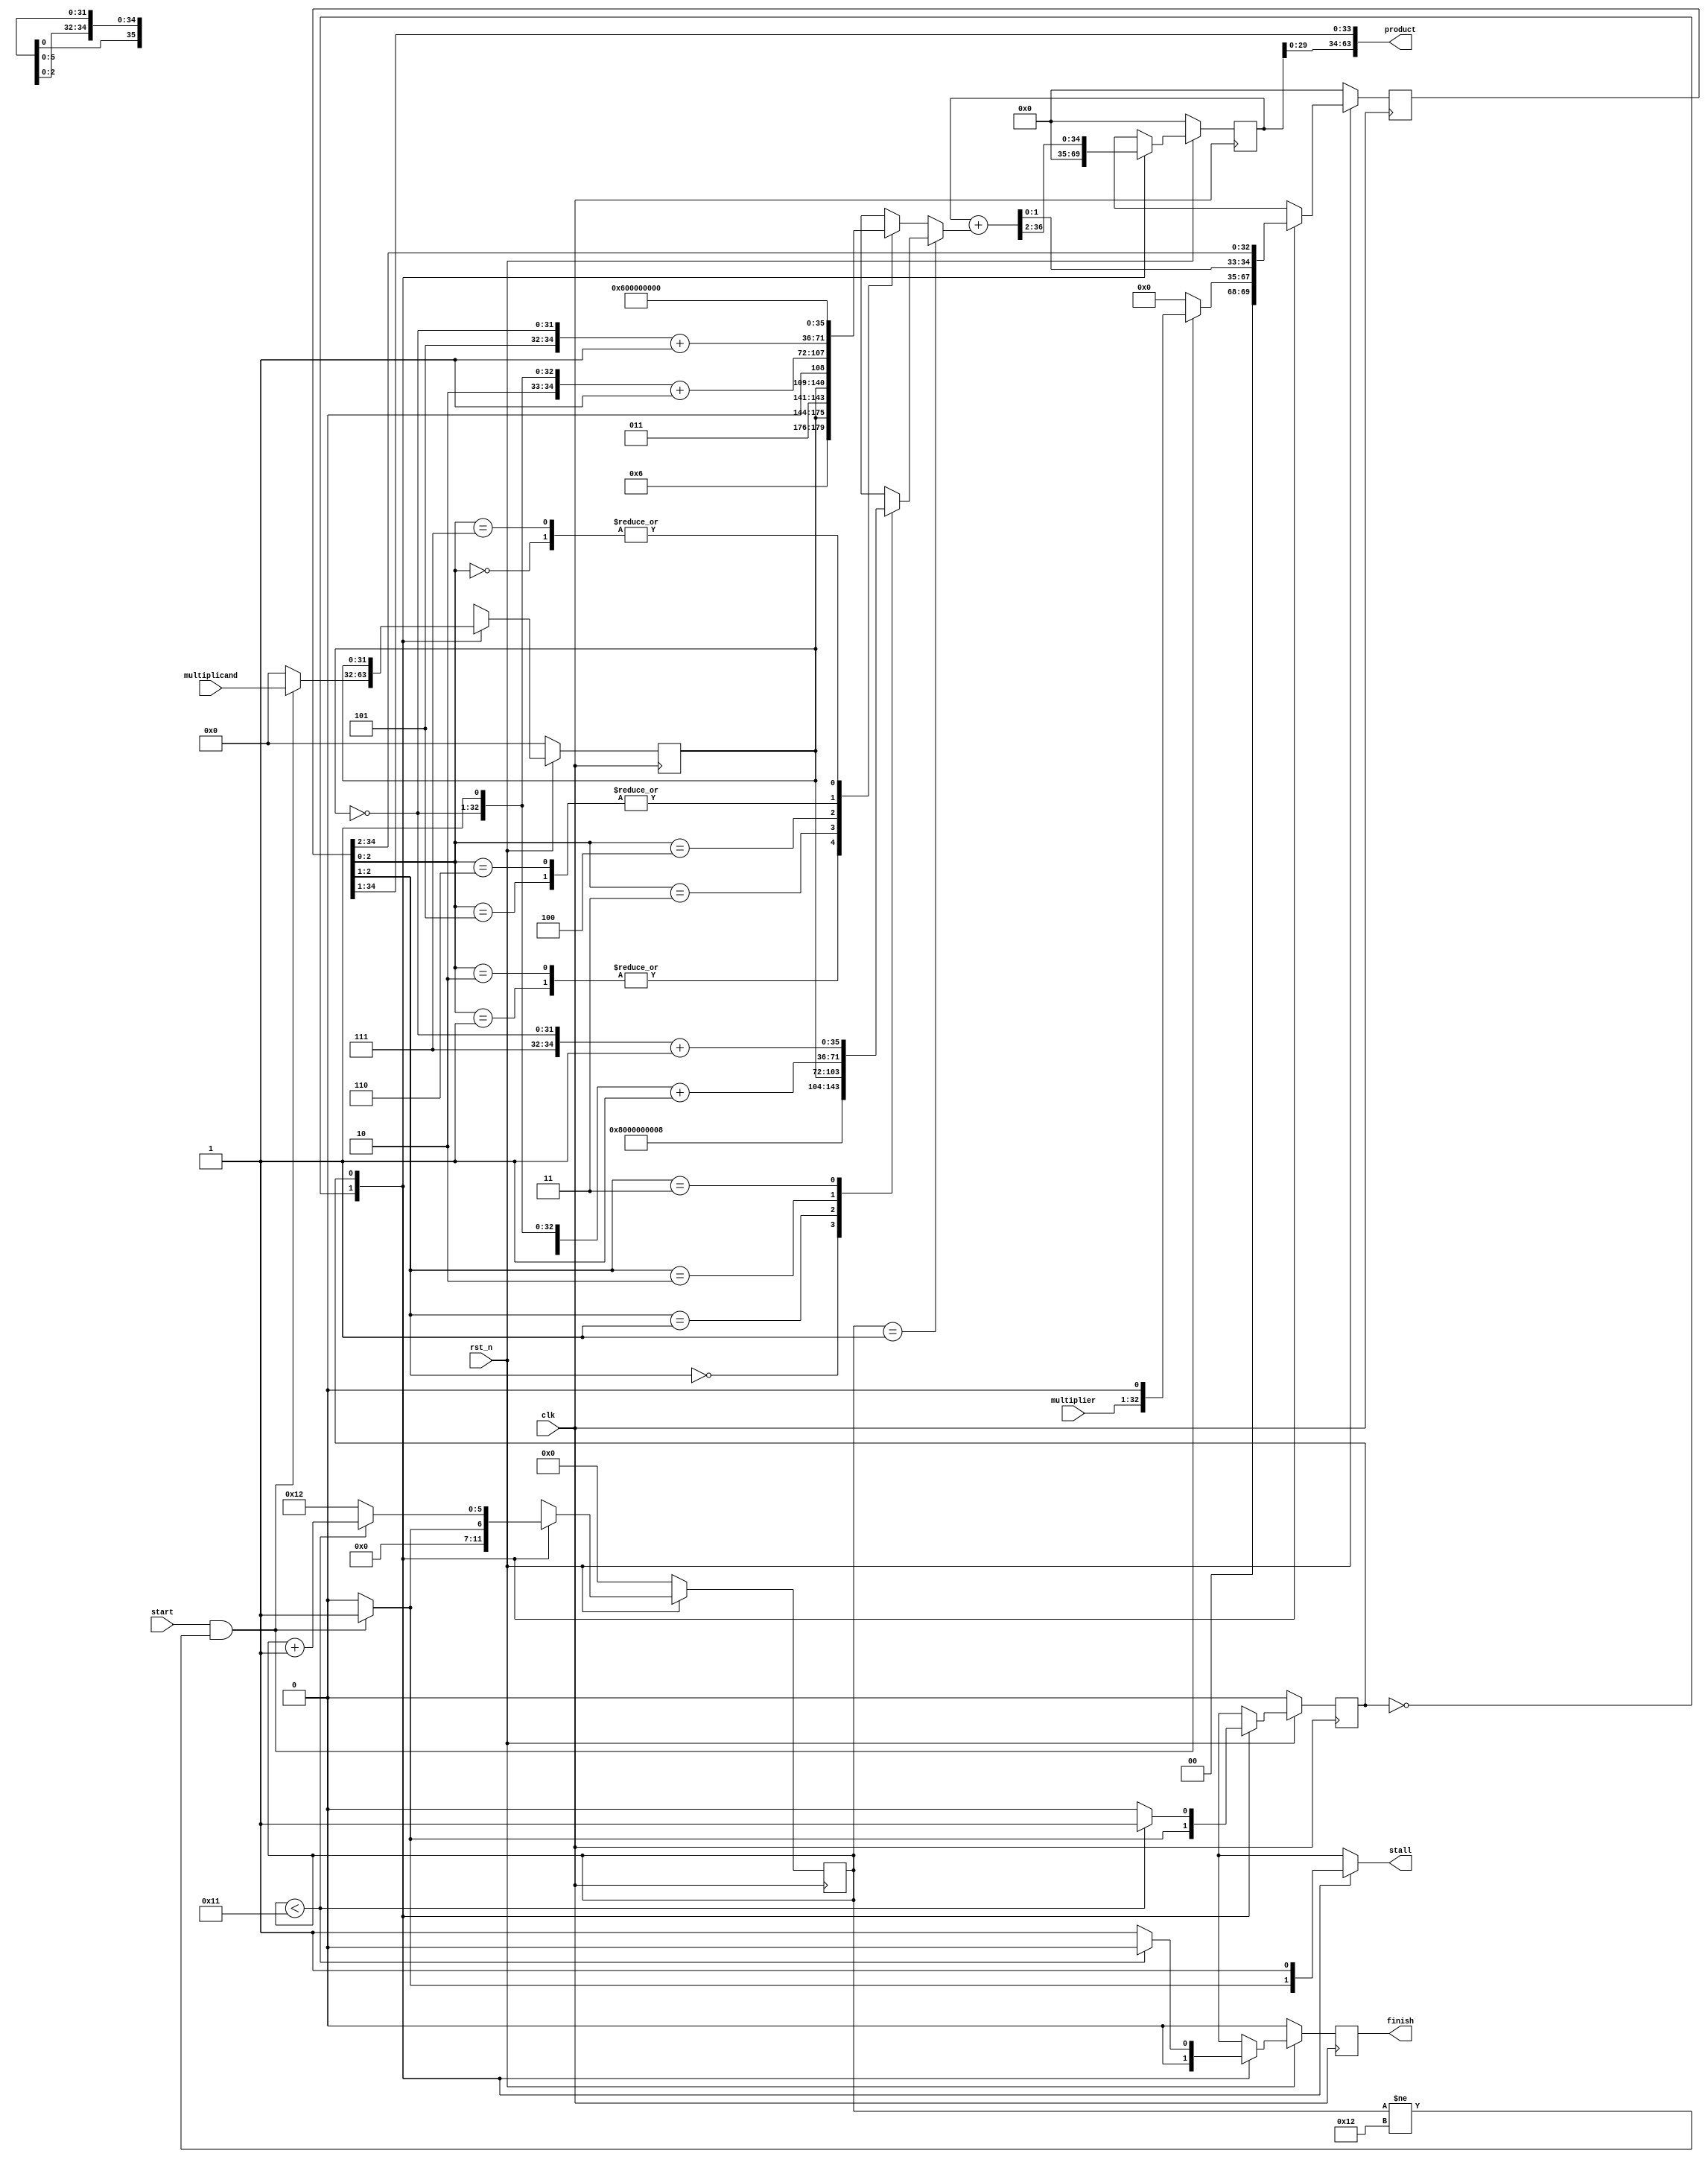
module multiplier(
        input [31:0]  multiplicand,
        input [31:0]  multiplier,
        input clk,
        input start,
        input rst_n,
        output [63:0] product,
        output reg stall,
        output reg finish

    );

reg signed [34:0]  HI, next_HI;   //35 bits
reg [34:0] LO, next_LO;
wire signed [36:0]  alu_out;      //37 bits
reg [5:0] counter, next_counter;
reg state, next_state;
reg signed [31:0] multipd_reg;       
reg signed [31:0] next_multiplicand; 
reg next_finish;
reg signed [35:0] part_pro;     // 36 bits
parameter Idle = 1'b0;
parameter Add = 1'b1;

// only for positive mult

assign product = {HI[29:0], LO[34:1]};
assign alu_out = {1'b0, HI} + part_pro ;  // 36 + 36 bit

always@(*)begin
    if (counter == 1'b1) begin
        case (LO[2:1])  // x
            2'b00: part_pro = {3'b100, 1'b0, 32'd0};                // 0
            2'b01: part_pro = {3'b100, 1'b0, multipd_reg};          // y
            2'b10: part_pro = {3'b011, ~multipd_reg, 1'b1} + 1;     // -2y
            2'b11: part_pro = {3'b011, 1'b1, ~multipd_reg} + 1;     // -y
        endcase
    end
    else begin
        case (LO[2:0])  // x
            3'b000: part_pro = {3'b011, 1'b0, 32'd0};               // 0
            3'b001: part_pro = {3'b011, 1'b0, multipd_reg};         // y
            3'b010: part_pro = {3'b011, 1'b0, multipd_reg};         // y
            3'b011: part_pro = {3'b011, multipd_reg, 1'b0};         // 2y
            3'b100: part_pro = {3'b010, ~multipd_reg, 1'b1} + 1;    // -2y
            3'b101: part_pro = {3'b010, 1'b1, ~multipd_reg} + 1 ;   // -y
            3'b110: part_pro = {3'b010, 1'b1, ~multipd_reg} + 1 ;   // -y
            3'b111: part_pro = {3'b011, 1'b0, 32'd0};
        endcase
    end
end

always@(*) begin
   next_multiplicand = multipd_reg;
   
   case(state)
        Idle : begin
            if (start == 1 & counter!= 18) begin
                next_state      = Add;
                next_LO         = {2'b00, multiplier, 1'b0};
                next_multiplicand = multiplicand;
                next_HI         = 35'b0;
                next_counter    = 1;
                next_finish     = 0;
                stall           = 1;
            end
           else begin
                next_state           = Idle;
                next_counter         = 0;
                next_multiplicand    = 32'd0;
                next_HI              = 35'd0;
                next_LO              = 35'd0;
                next_finish          = 0;
                stall                = 0;
           end
        end

        Add : begin     
            next_LO = {alu_out[1:0], LO[34:2]};
            next_HI = alu_out[36:2];              // 35 bits
            if (counter < 6'd17) begin // 1, 2 ,...31 
                next_finish     = 0;
                next_state      = Add;
                next_counter    = counter + 1;
                stall           = 1;
            end
            else begin  // 17
                next_state      = Idle;
                next_counter    = 18;
                next_finish     = 1;
                stall           = 1;
            end
        end
    endcase
end

always@(posedge clk)begin
    if (!rst_n) begin
        LO          <= 35'd0; 
        HI          <= 35'd0;
        counter     <= 6'd0;
        finish      <= 1'b0;
        state       <= Idle;
        multipd_reg <= 32'd0;
    end
    else begin
        LO          <= next_LO; 
        HI          <= next_HI;
        counter     <= next_counter;
        state       <= next_state;
        multipd_reg <= next_multiplicand;
        finish      <= next_finish;
    end
end

endmodule